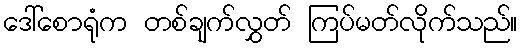
ဒေါ်စောရုံက တစ်ချက်လွှတ် ကြပ်မတ်လိုက်သည်။